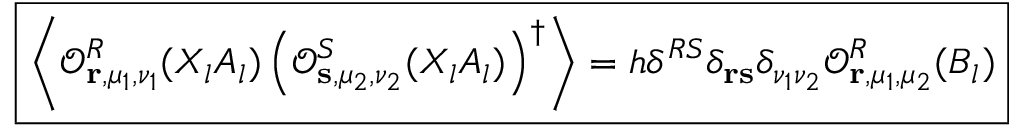
\boxed { \left\langle \mathcal { O } _ { \mathbf { r } , \mu _ { 1 } , \nu _ { 1 } } ^ { R } ( X _ { l } A _ { l } ) \left( \mathcal { O } _ { \mathbf { s } , \mu _ { 2 } , \nu _ { 2 } } ^ { S } ( X _ { l } A _ { l } ) \right) ^ { \dagger } \right\rangle = h \delta ^ { R S } \delta _ { \mathbf { r } \mathbf { s } } \delta _ { \nu _ { 1 } \nu _ { 2 } } \mathcal { O } _ { \mathbf { r } , \mu _ { 1 } , \mu _ { 2 } } ^ { R } ( B _ { l } ) }